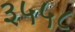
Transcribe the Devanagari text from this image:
३५५८